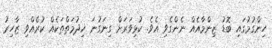
ހިންގުމުގައި ބޮޑު ޒިންމާއެއް ނެންގެވި އެވެ. ކުޅިވަރަށް ގިނަގުނަ ޚިދުމަތްތަކެއް ކުރެއްވި ޒާހިރު